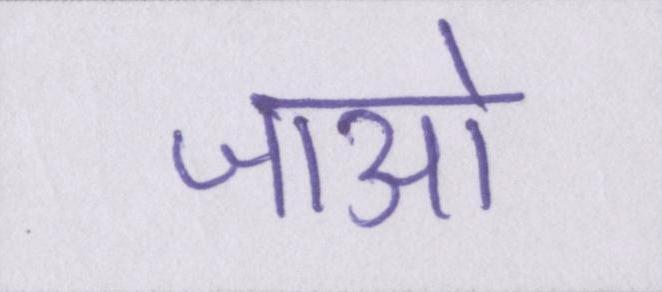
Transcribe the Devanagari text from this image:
जाओ